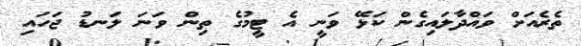
ތެރެއަށް ވައްދާލައިގެން ކަޅޭ ވަނީ އެ ޓީމުގެ ތިން ވަނަ ލަނޑު ޖަހައި